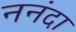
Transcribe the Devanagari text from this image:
ननंदा